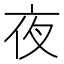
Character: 夜